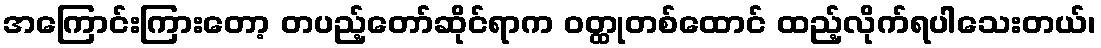
အကြောင်းကြားတော့ တပည့်တော်ဆိုင်ရာက ဝတ္ထုတစ်ထောင် ထည့်လိုက်ရပါသေးတယ်၊